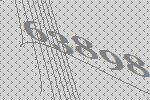
63898